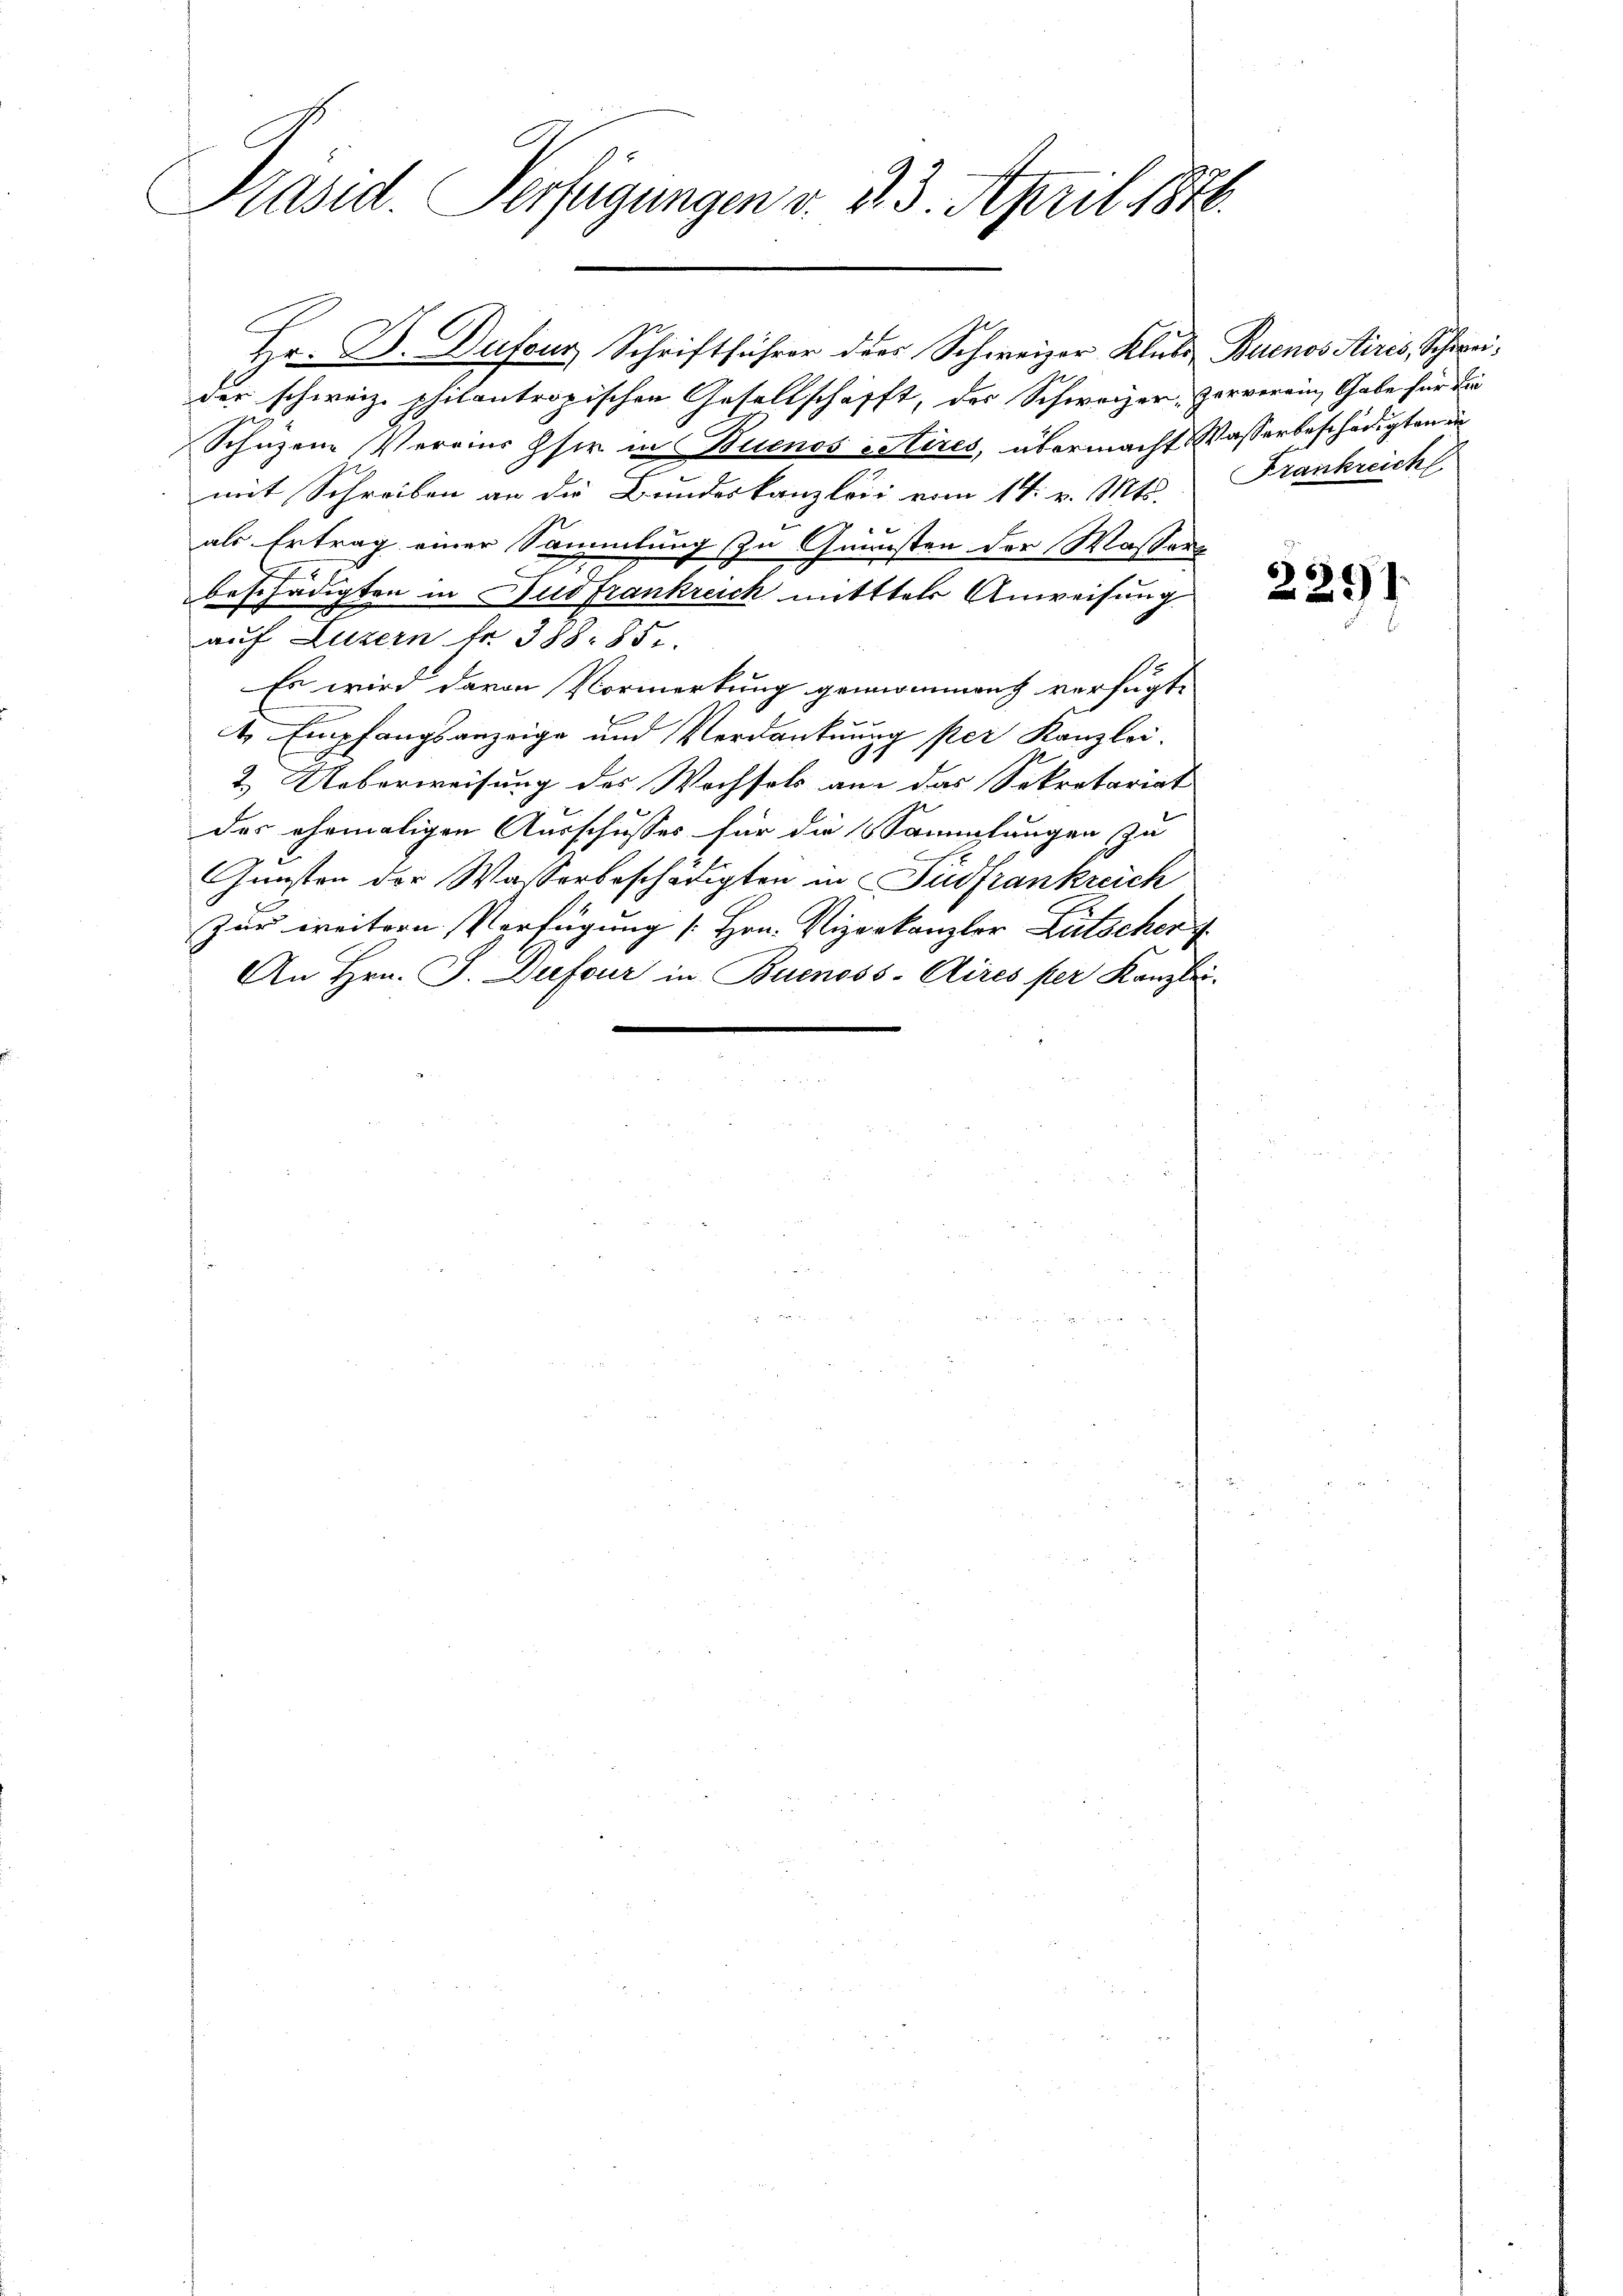
Präsid. Verfügungen v. 23. April 1846.

Hr. B. Dufour, Schriftführer des Schweizer Klubs Buenos Airis, Schweider schweiz. philontropischen Gesellschafft, der Schweizer, Zerverein, Gabe für die
Schüzene Vereine Hsir in Buenos citires, übermacht Wasserbeschädigten in
mit Schreiben an die Bundeskanzlei vom 14. v. Mts.
als Ertrag einer Sammlung zu Gunsten der Wassert
beschädigten in Ludfrankreich mittels Anweisung
.
auf Luzern fr. 388. 85.
Es wird davon Vormerkung genommen verfügt:

t Empfangsanzeige und Verdankung per Kanzlei.
.
2.) Ueberweisung des Wechsels an das Sekretariat
des ehemaligen Ausschusses für die Sammlungen zu
g
Gunsten der Wasserbeschädigten in Südfrankreich
Zur weitern Verfügung [Hrn. Vizerkanzler Litscher
An Hrn. J. Dufour in Buenoss-Aires per Kanzlei-

Frankreich

2291.